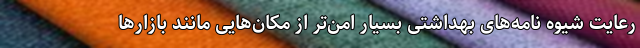
رعایت شیوه نامه‌های بهداشتی بسیار امن‌تر از مکان‌هایی مانند بازار‌ها